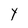
Character: Y